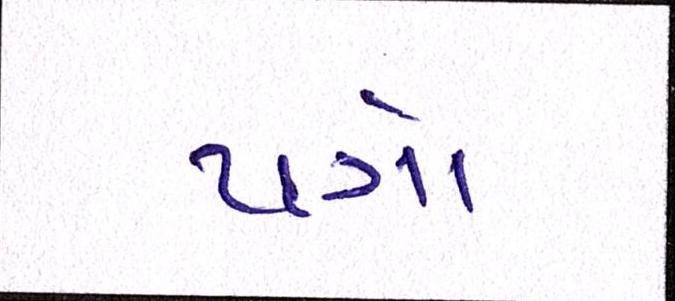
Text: પત્રો